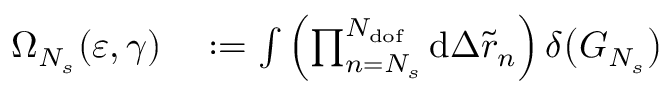
\begin{array} { r l } { \Omega _ { N _ { s } } ( \varepsilon , \gamma ) } & { { } : = \int { \left( \prod _ { n = N _ { s } } ^ { N _ { \mathrm { d o f } } } { \mathrm { d } \Delta \tilde { r } _ { n } } \right) \delta \big ( G _ { N _ { s } } \big ) } } \end{array}